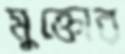
মুক্তোর